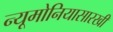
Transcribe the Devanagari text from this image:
न्यूमोनियासारखी